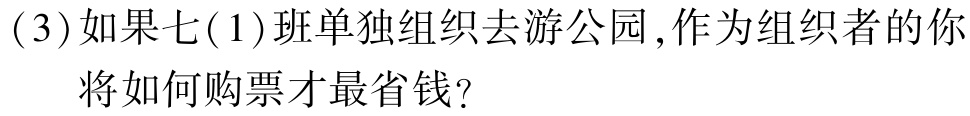
(3)如果七(1)班单独组织去游公园,作为组织者的你

将如何购票才最省钱?